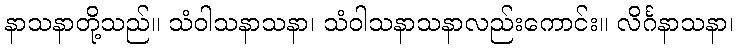
နာသနာတို့သည်။ သံဝါသနာသနာ၊ သံဝါသနာသနာလည်းကောင်း။ လိင်္ဂနာသနာ၊